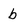
Character: b